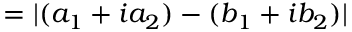
= | ( a _ { 1 } + i a _ { 2 } ) - ( b _ { 1 } + i b _ { 2 } ) |